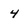
Character: 4